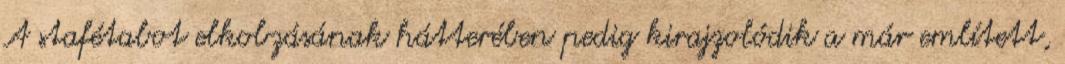
A stafétabot elkobzásának hátterében pedig kirajzolódik a már említett,